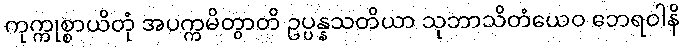
ကုက္ကုစ္စာယိတုံ အပက္ကမိတွာတိ ဥပ္ပန္နသတိယာ သုဘာသိတံယေဝ ဘေရဝါနိ